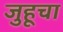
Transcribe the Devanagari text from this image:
जुहूचा